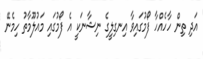
އަދި ތިން ހާހެއްހާ ފޯމުގައިވާ އިނގިލީގެ ނިޝާނަކީ އެ ފޯމުގައި މައުލޫމާތު ހިމެނޭ